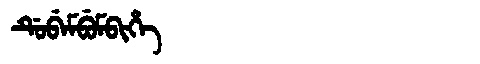
Manchu: ᡩᡠᠪᡝᠮᠪᡠᠮᠪᡳᡥᡝ
Romanization: DUBEMBUMBIHE